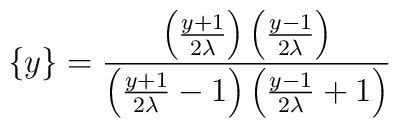
\{y\}=\frac{\left( \frac{y+1}{2\lambda }\right) \left( \frac{y-1}{2\lambda }\right) }{\left( \frac{y+1}{2\lambda }-1\right) \left( \frac{y-1}{2\lambda }+1\right) }